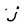
Character: j